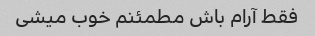
فقط آرام باش مطمئنم خوب میشی